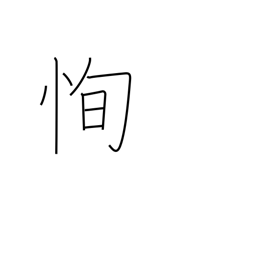
Meaning: blinking